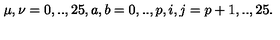
\mu , \nu = 0 , . . , 2 5 , a , b = 0 , . . , p , i , j = p + 1 , . . , 2 5 .